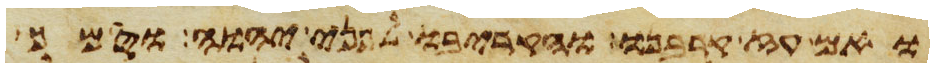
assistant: ואם עז קרבנו והקריבו לפני יהוה וסמך